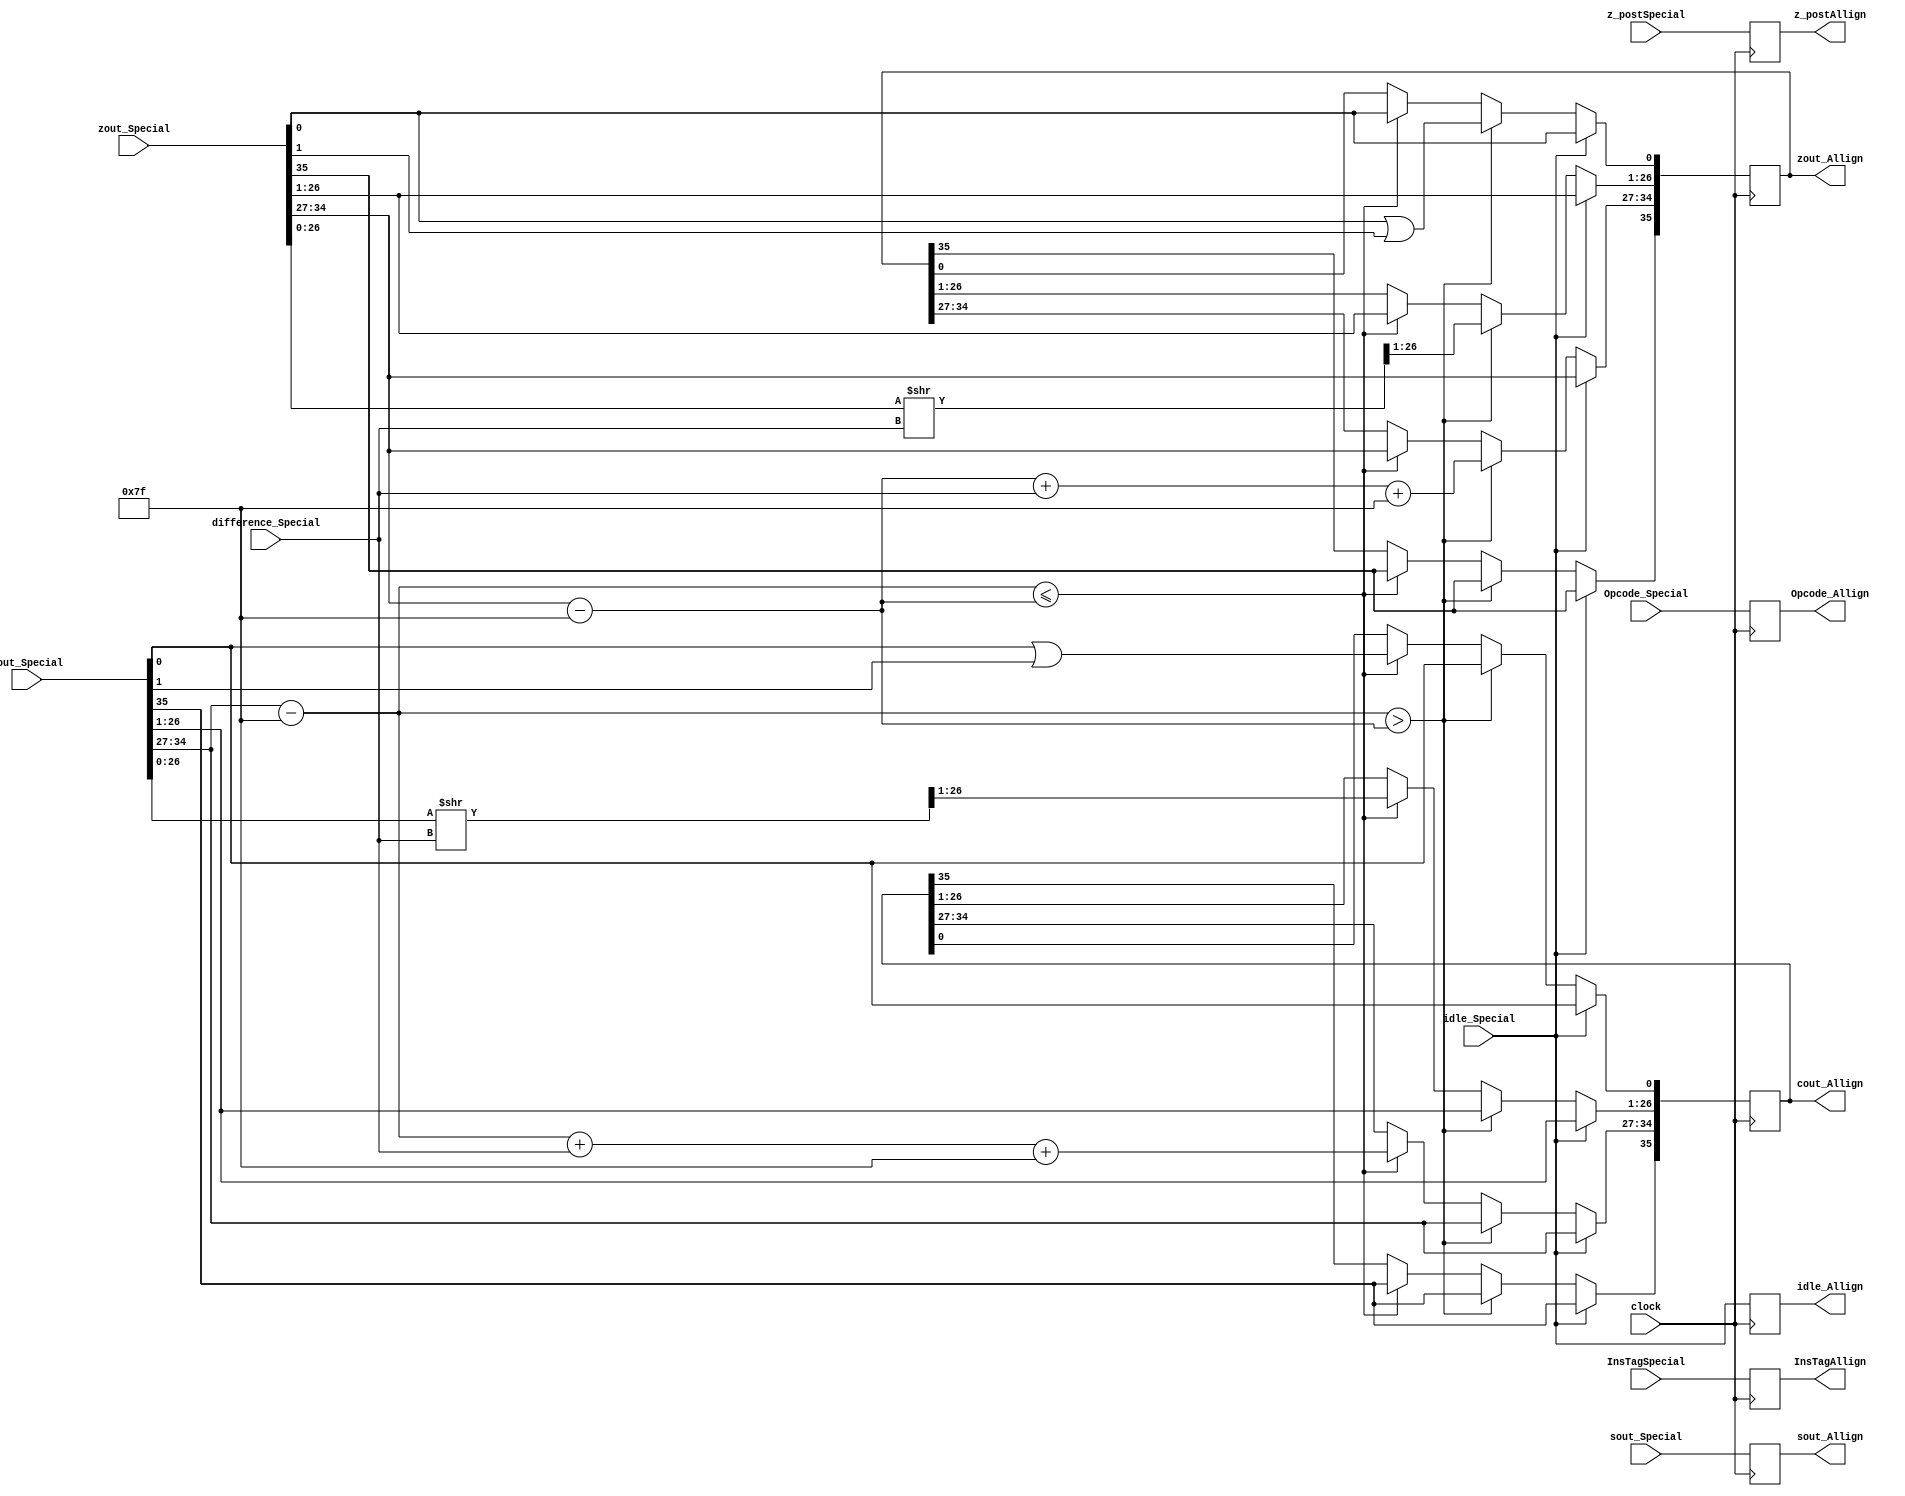
module AllignAdderProcess(
	input [31:0] z_postSpecial,
	input [3:0] Opcode_Special,
	input idle_Special,
	input [35:0] cout_Special,
	input [35:0] zout_Special,
	input [31:0] sout_Special,
	input [7:0] difference_Special,
	input [7:0] InsTagSpecial,
	input clock,
	output reg idle_Allign,
	output reg [35:0] cout_Allign,
	output reg [35:0] zout_Allign,
	output reg [31:0] sout_Allign,
	output reg [3:0] Opcode_Allign,
	output reg [31:0] z_postAllign,
	output reg [7:0] InsTagAllign
   );
parameter no_idle = 1'b0,
			 put_idle = 1'b1;
wire z_sign;
wire [7:0] z_exponent;
wire [26:0] z_mantissa;
wire c_sign;
wire [7:0] c_exponent;
wire [26:0] c_mantissa;
assign z_sign = zout_Special[35];
assign z_exponent = zout_Special[34:27] - 127;
assign z_mantissa = {zout_Special[26:0]};
assign c_sign = cout_Special[35];
assign c_exponent = cout_Special[34:27] - 127;
assign c_mantissa = {cout_Special[26:0]};
parameter sin_cos		= 4'd0,
			 sinh_cosh	= 4'd1,
			 arctan		= 4'd2,
			 arctanh		= 4'd3,
			 exp			= 4'd4,
			 sqr_root   = 4'd5,			
			 division	= 4'd6,
			 tan			= 4'd7,			
			 tanh			= 4'd8,			
			 nat_log		= 4'd9,			
			 hypotenuse = 4'd10,
			 PreProcess = 4'd11;
always @ (posedge clock)
begin
	InsTagAllign <= InsTagSpecial;
	Opcode_Allign <= Opcode_Special;
	z_postAllign <= z_postSpecial;
	idle_Allign <= idle_Special;
	sout_Allign <= sout_Special;
	if (idle_Special != put_idle) begin
		if ($signed(c_exponent) > $signed(z_exponent)) begin
			zout_Allign[35] <= zout_Special[35];
			zout_Allign[34:27] <= z_exponent + difference_Special + 127;
			zout_Allign[26:0] <= z_mantissa >> difference_Special;
			zout_Allign[0] <= z_mantissa[0] | z_mantissa[1];
			cout_Allign <= cout_Special;
		end else if ($signed(c_exponent) <= $signed(z_exponent)) begin
			cout_Allign[35] <= cout_Special[35];
			cout_Allign[34:27] <= c_exponent + difference_Special + 127;
			cout_Allign[26:0] <= c_mantissa >> difference_Special;
			cout_Allign[0] <= c_mantissa[0] | c_mantissa[1];
			zout_Allign <= zout_Special;
		 end		
	end
	else begin
		zout_Allign <= zout_Special;
		cout_Allign <= cout_Special;
	end
end
endmodule